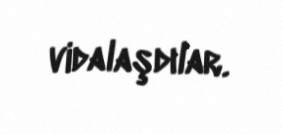
vidalaşdılar.